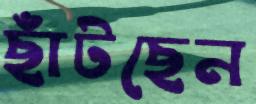
ছাঁটছেন